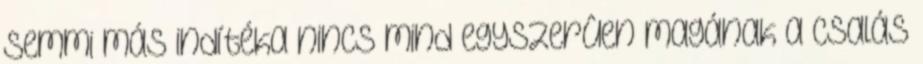
semmi más indítéka nincs mind egyszerûen magának a csalás